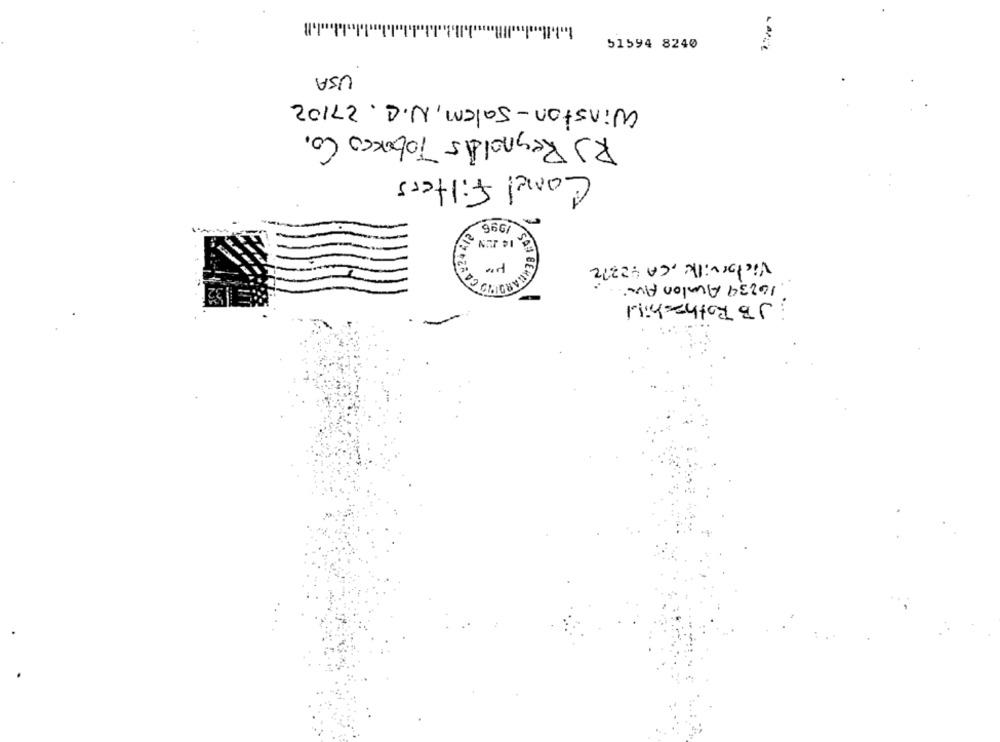
51594 8240
USA
Winston-Salem, N.C. 27102
RJ Reynolds Tobacco Co.
Comel Filters
1996
14 JUN
HEARDITO CAS
Victorville, CA 92372
16239 Avalon Avi
JB Rothschild